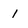
Character: 1